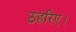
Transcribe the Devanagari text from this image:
ठहरिए।